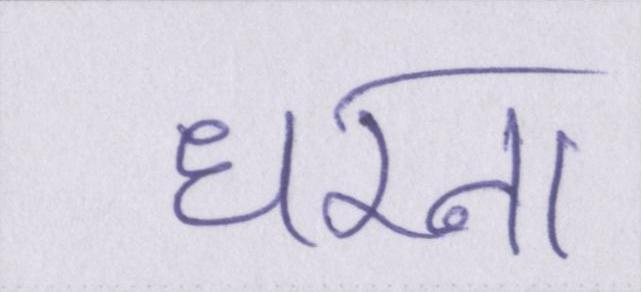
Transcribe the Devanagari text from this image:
धरना